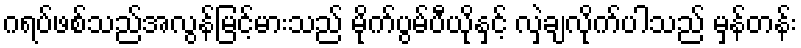
ဂရပ်ဖစ်သည်အလွန်မြင့်မားသည် မိုက်ပွမ်ပီယိုနှင့် လှဲချလိုက်ပါသည် မှန်တန်း